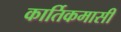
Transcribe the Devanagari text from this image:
कार्तिकमासीं